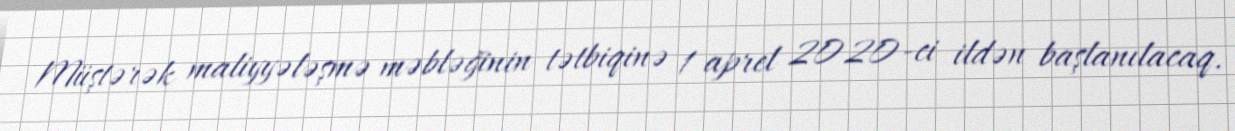
Müştərək maliyyələşmə məbləğinin tətbiqinə 1 aprel 2020-ci ildən başlanılacaq.